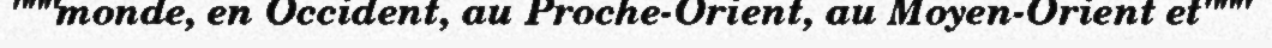
"""monde, en Occident, au Proche-Orient, au Moyen-Orient et"""